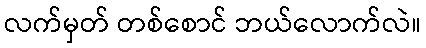
လက်မှတ် တစ်စောင် ဘယ်လောက်လဲ။